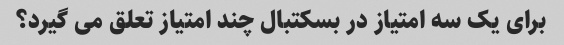
برای یک سه امتیاز در بسکتبال چند امتیاز تعلق می گیرد؟